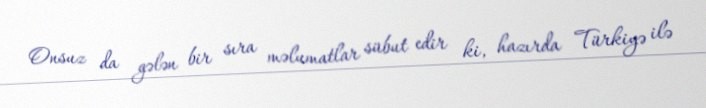
Onsuz da gələn bir sıra məlumatlar sübut edir ki, hazırda Türkiyə ilə